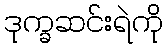
ဒုက္ခဆင်းရဲကို